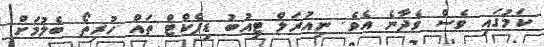
ކަމުގައި ވެސް ވެދާނެ އެވެ. ނިއުރަލް ޓިއުބު ޑިފެކްޓް ތައް ހުރިތޯ ބެލުމަށް